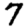
Digit: 7